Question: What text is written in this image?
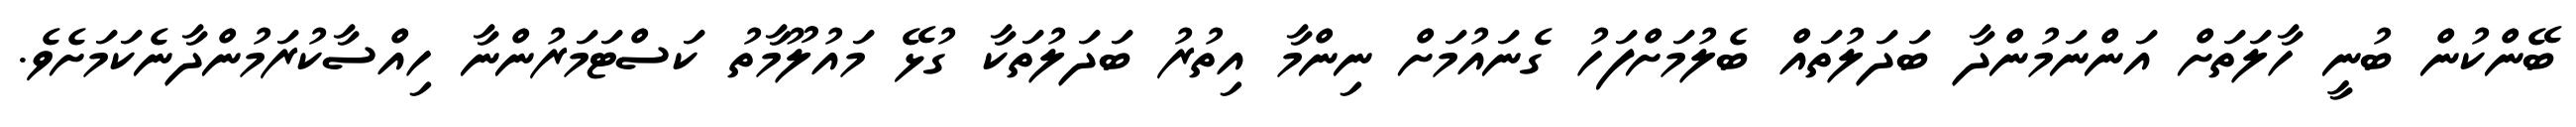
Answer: ބޭންކުން ބުނީ ހާލަތަށް އަންނަމުންދާ ބަދަލުތައް ބެލުމަށްފަހު ގެނައުމަށް ނިންމާ އިތުރު ބަދަލުތަކާ ގުޅޭ މައުލޫމާތު ކަސްޓަމަރުންނާ ހިއްސާކުރަމުންދާނެކަމަށެވެ.